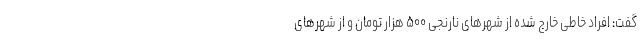
گفت: افراد خاطی خارج شده از شهرهای نارنجی ۵۰۰ هزار تومان و از شهرهای